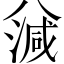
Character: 𣼪